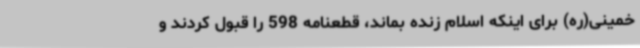
خمینی(ره) برای اینکه اسلام زنده بماند، قطعنامه 598 را قبول کردند و